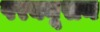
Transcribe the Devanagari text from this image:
परक्यूसन